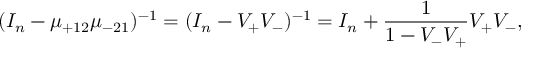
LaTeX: ( I _ { n } - \mu _ { + 1 2 } \mu _ { - 2 1 } ) ^ { - 1 } = ( I _ { n } - V _ { + } V _ { - } ) ^ { - 1 } = I _ { n } + \frac { 1 } { 1 - V _ { - } V _ { + } } V _ { + } V _ { - } ,